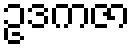
ဥဒကဇာ